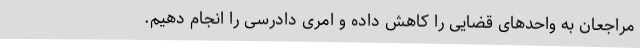
مراجعان به واحدهای قضایی را کاهش داده و امری دادرسی را انجام دهیم.